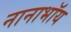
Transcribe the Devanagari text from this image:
नानाभॉय